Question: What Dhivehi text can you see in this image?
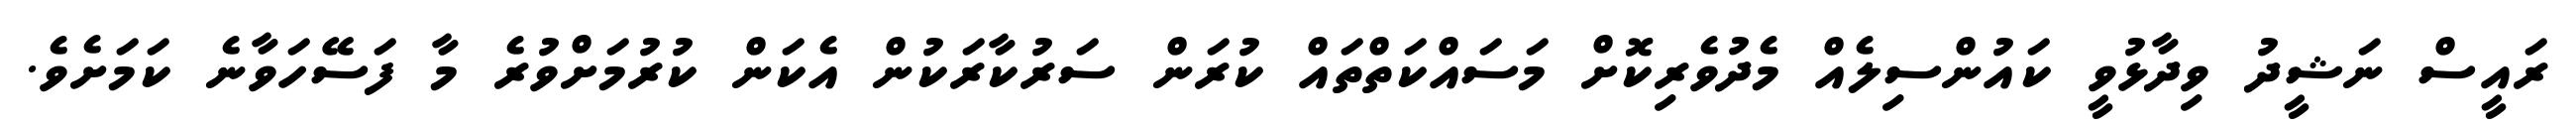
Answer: ރައީސް ނަޝީދު ވިދާޅުވީ ކައުންސިލެއް މެދުވެރިކޮށް މަސައްކަތްތައް ކުރަން ސަރުކާރަކުން އެކަން ކުރުމަށްވުރެ މާ ފަސޭހަވާނެ ކަމަށެވެ.